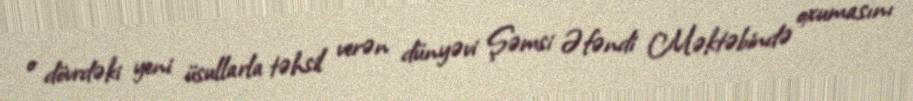
o dövrdəki yeni üsullarla təhsil verən dünyəvi Şəmsi Əfəndi Məktəbində oxumasını